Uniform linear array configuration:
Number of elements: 32
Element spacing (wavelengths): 0.5
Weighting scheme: binomial
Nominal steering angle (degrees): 15
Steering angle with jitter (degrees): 15.31
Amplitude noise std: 0.05
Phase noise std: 0.05

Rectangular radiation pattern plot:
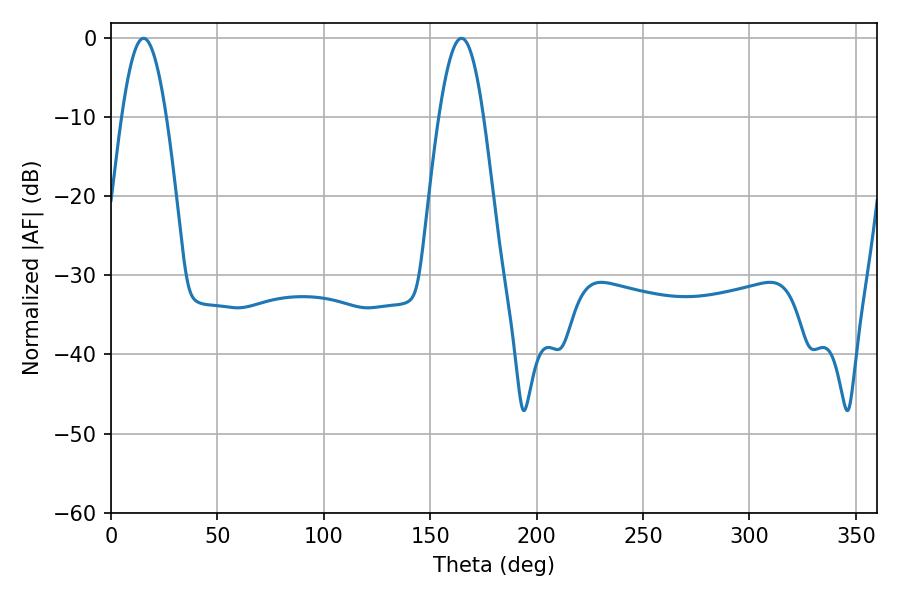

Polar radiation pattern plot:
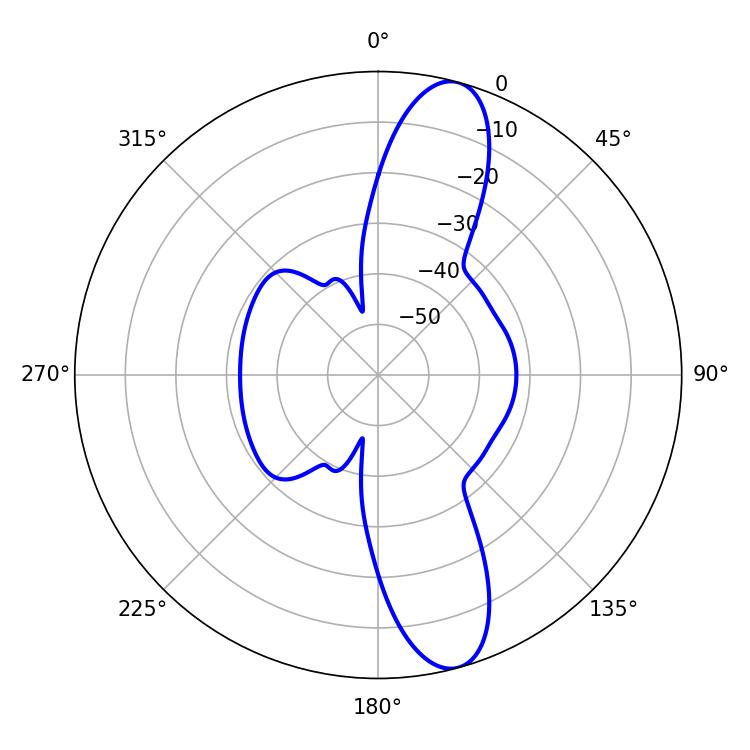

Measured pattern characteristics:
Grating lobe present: FALSE
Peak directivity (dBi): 12.469
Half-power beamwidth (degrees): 11.34
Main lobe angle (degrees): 15.3